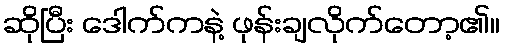
ဆိုပြီး ဒေါက်ကနဲ့ ဖုန်းချလိုက်တော့၏။